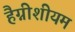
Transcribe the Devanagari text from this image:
हैग्नीशीयम